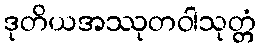
ဒုတိယအဿုတဝါသုတ္တံ